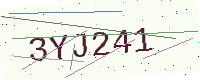
Text: 3YJ241